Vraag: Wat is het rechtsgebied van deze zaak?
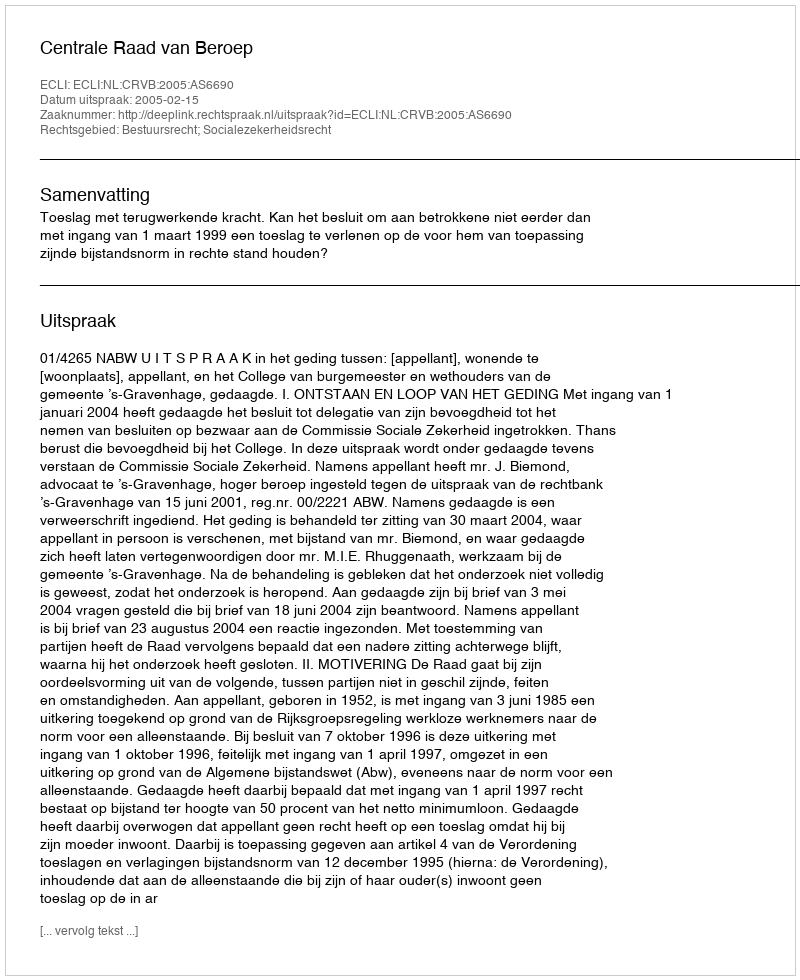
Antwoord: Bestuursrecht; Socialezekerheidsrecht